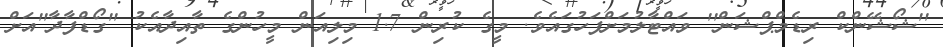
''ޝޯޝޭންކް ރިޑެމްޕްޝަން'' ވައްޓާލުމަށްފަހުގައެވެ. މީގެ ކުރިން 1.7 މިލިއަން މީހުންގެ ތާއިދާއެކު ''ގޯޑްފާދާ''އަށް